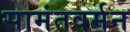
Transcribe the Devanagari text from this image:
सामंतवर्मन